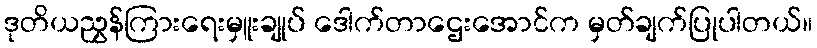
ဒုတိယညွှန်ကြားရေးမှူးချုပ် ဒေါက်တာဌေးအောင်က မှတ်ချက်ပြုပါတယ်။